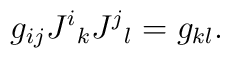
g_{ij}J^{i}{}_{k} J^{j}{}_{l} =g_{kl}  .